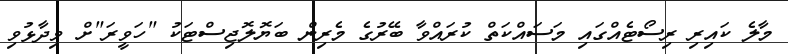
މާލެ ކައިރި ރިސޯޓެއްގައި މަސައްކަތް ކުރައްވާ ބޭރުގެ މެރިން ބަޔޮލޮޖިސްޓަކު "ހަވީރަ"ށް ވިދާޅުވި